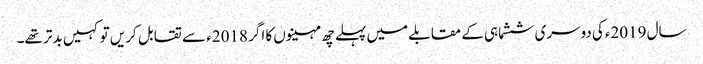
سال 2019ءکی دوسری ششماہی کے مقابلے میں پہلے چھ مہینوں کا اگر 2018ء سے تقابل کریں تو کہیں بدتر تھے۔